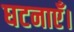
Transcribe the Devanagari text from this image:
घटनाएँ।